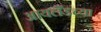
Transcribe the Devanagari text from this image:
आयलँडच्या